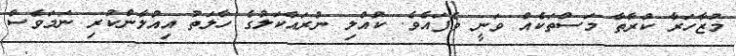
މުޒާހަރާ ކުރާތާ މަސްތަކެއް ވަނީ ވެފައެވެ. ކުއްލި ނުރައްކަލުގެ ހާލަތު އިއުލާންކުރި ނަމަވެސް